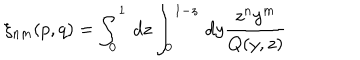
LaTeX: \xi _ { n m } ( p , q ) = \int _ { 0 } ^ { 1 } \, d z \int _ { 0 } ^ { 1 - z } \, d y { \frac { z ^ { n } y ^ { m } } { Q ( y , z ) } }